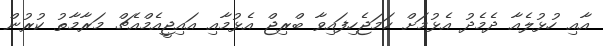
އާއި ހުޅުލެއާ ދެމެދު އެޅުމަށް ހަމަޖެހިފައިވާ ބްރިޖް އެޅުމާއި އައިޖީއެމްއެޗް މަރާމާތު ކުރުން